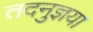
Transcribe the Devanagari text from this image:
तदनुज्ञया